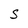
Character: S